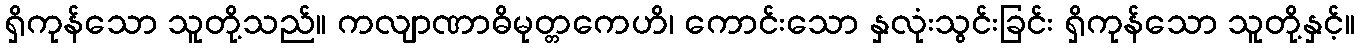
ရှိကုန်သော သူတို့သည်။ ကလျာဏာဓိမုတ္တကေဟိ၊ ကောင်းသော နှလုံးသွင်းခြင်း ရှိကုန်သော သူတို့နှင့်။